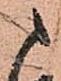
ま